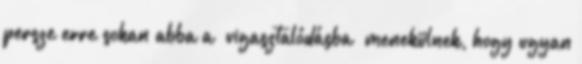
persze erre sokan abba a “vigasztalódásba” menekülnek, hogy ugyan